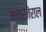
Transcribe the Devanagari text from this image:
मांदरजेराल